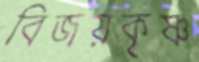
বিজয়কৃষ্ণ